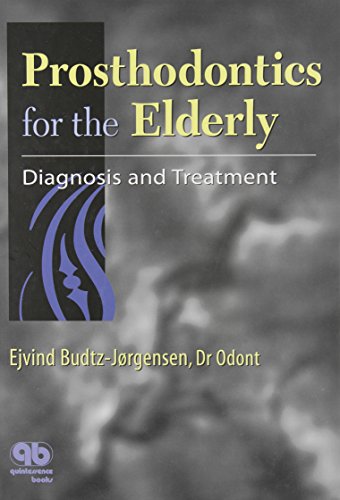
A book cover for Prosthodontics for the Elderly: Diagnosis and Treatment; Ejvind Budtz-Jrgensen; Medical Books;